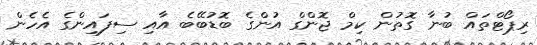
ރިޕޯޓްތައް ބުނާ ގޮތުން ކިމް ޖޮންގް އުންގެ ބޮޑުބޭބެ އާއި ސިފައިންގެ އެހެން